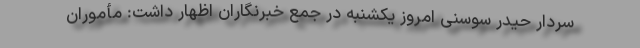
سردار حیدر سوسنی امروز یکشنبه در جمع خبرنگاران اظهار داشت: مأموران